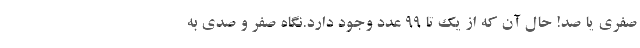
صفری یا صد! حال آن که از یک تا 99 عدد وجود دارد.نگاه صفر و صدی به